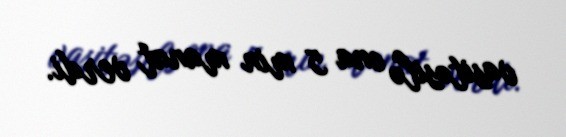
vasitəsilə ona 5 min manat verdi.